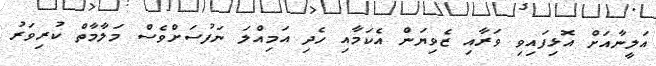
އަލީނާއަށް އޮޅިފައިވި ވަރާއި ޒެވިޔަން އެކަމާއި ހެދި އަމިއްލަ ނަފުސަށްވެސް މަލާމާތް ކުރިވަރު